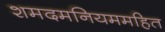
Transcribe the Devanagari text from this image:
शमदमनियममहित